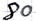
Text: 80